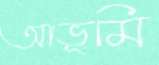
আভূমি